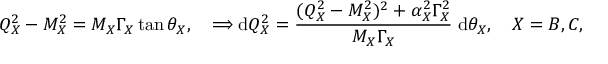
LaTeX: Q _ { X } ^ { 2 } - M _ { X } ^ { 2 } = M _ { X } \Gamma _ { X } \tan \theta _ { X } , \quad \Longrightarrow \mathrm { d } Q _ { X } ^ { 2 } = \frac { ( Q _ { X } ^ { 2 } - M _ { X } ^ { 2 } ) ^ { 2 } + \alpha _ { X } ^ { 2 } \Gamma _ { X } ^ { 2 } } { M _ { X } \Gamma _ { X } } \; \mathrm { d } \theta _ { X } , \quad X = B , C ,